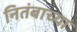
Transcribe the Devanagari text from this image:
नितंबाच्या